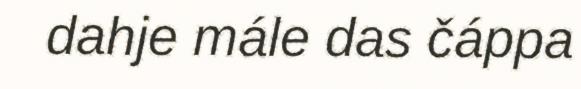
dahje mále das čáppa